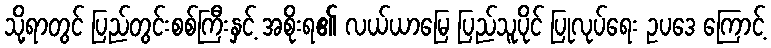
သို့ရာတွင် ပြည်တွင်းစစ်ကြီးနှင့် အစိုးရ၏ လယ်ယာမြေ ပြည်သူပိုင် ပြုလုပ်ရေး ဥပဒေ ကြောင့်